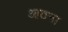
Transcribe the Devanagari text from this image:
आठना